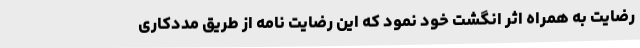
رضایت به همراه اثر انگشت خود نمود که این رضایت نامه از طریق مددکاری